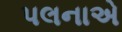
પલનાએ